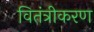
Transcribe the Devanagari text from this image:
वितंत्रीकरण